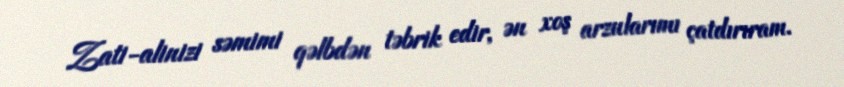
Zati-alinizi səmimi qəlbdən təbrik edir, ən xoş arzularımı çatdırıram.